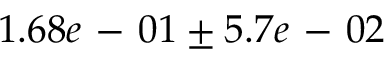
1 . 6 8 e \mathrm { ~ - ~ } 0 1 \pm 5 . 7 e \mathrm { ~ - ~ } 0 2